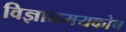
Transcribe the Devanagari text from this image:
विज्ञानमयकोष